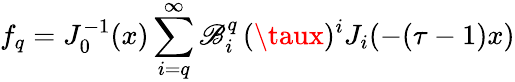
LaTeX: f_{q}=J_{0}^{-1}(x)\sum_{i=q}^{\infty}\mathscr{B}_{i}^{q}\, (\taux)^{i}J_{i}(-(\tau-1)x)